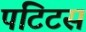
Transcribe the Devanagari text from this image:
पटिटस